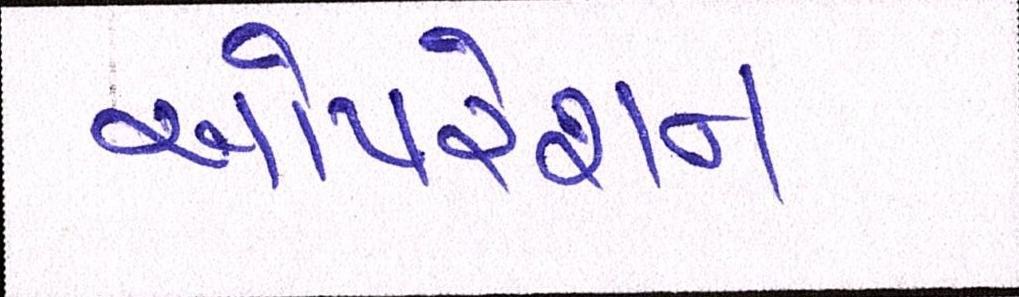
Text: ઓપરશન